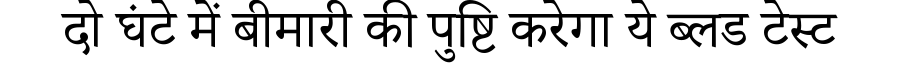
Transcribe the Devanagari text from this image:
दो घंटे में बीमारी की पुष्टि करेगा ये ब्लड टेस्ट